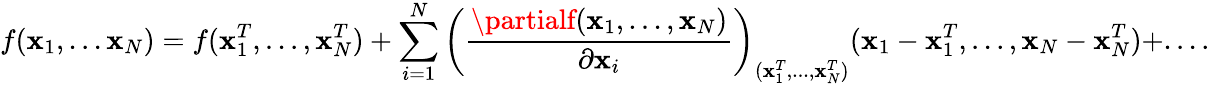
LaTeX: f(\mathbf{x}_{1},...\mathbf{x}_{N})=f(\mathbf{x}_{1}^{T},...,\mathbf{x}_{N}^{T})+\sum_{i=1}^{N}\left(\frac{{\partialf(\mathbf{x}_{1},...,\mathbf{x}_{N})}}{{\partial\mathbf{x}_{i}}}\right)_{(\mathbf{x}_{1}^{T},...,\mathbf{x}_{N}^{T})}(\mathbf{x}_{1}-\mathbf{x}_{1}^{T},...,\mathbf{x}_{N}-\mathbf{x}_{N}^{T})+....